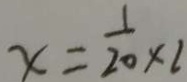
x = \frac { 1 } { 2 0 } \times 2